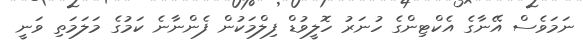
ނަމަވެސް އޭނާގެ އެކްޓިންގެ ހުނަރު ހޮލީވުޑް ފިލްމަކުން ފެންނާނެ ކަމުގެ މަލަމަތި ވަނީ